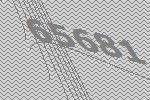
65681